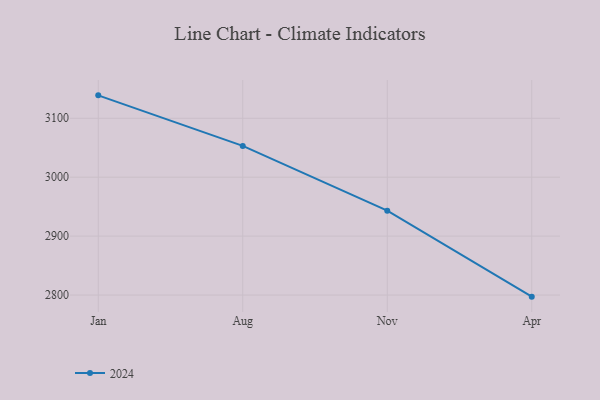
{"axis": {"x": "Month", "y": "Operating Costs (USD K)"}, "legend": ["2024"], "data": [{"x": "Jan", "y": 3138.9, "type": "2024"}, {"x": "Aug", "y": 3053.1, "type": "2024"}, {"x": "Nov", "y": 2943.2, "type": "2024"}, {"x": "Apr", "y": 2797.3, "type": "2024"}]}